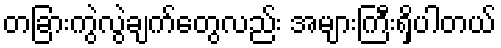
တခြားကွဲလွဲချက်တွေလည်း အများကြီးရှိပါတယ်